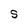
Character: S